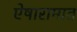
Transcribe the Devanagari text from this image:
ऐषारामात